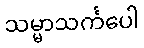
သမ္မာသင်္ကပေါ